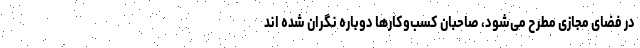
در فضای مجازی مطرح می‌شود، صاحبان کسب‌وکارها دوباره نگران شده اند